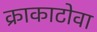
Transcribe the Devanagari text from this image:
क्राकाटोवा